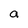
Character: a